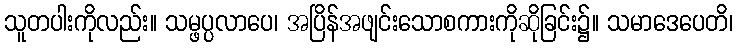
သူတပါးကိုလည်း။ သမ္ဖပ္ပလာပေ၊ အပြိန်အဖျင်းသောစကားကိုဆိုခြင်း၌။ သမာဒေပေတိ၊